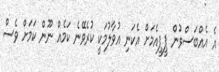
އެ އެއްބަސްވުން ޕީޕީއެމަށް އެކަނި އުވާލުމަކީ ކުރެވޭނެ ކަމެއް ނޫން ކަމަށް ވެސް